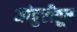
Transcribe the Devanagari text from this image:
नांदुरीतून